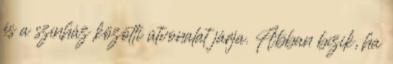
és a színház közötti útvonalat járja. Abban bízik, ha